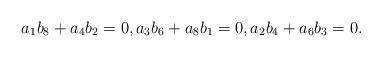
LaTeX: \begin{align*}a_1b_8+a_4b_2=0,a_3b_6+a_8b_1=0,a_2b_4+a_6b_3=0.\end{align*}